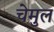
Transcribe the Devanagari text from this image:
चेमुल